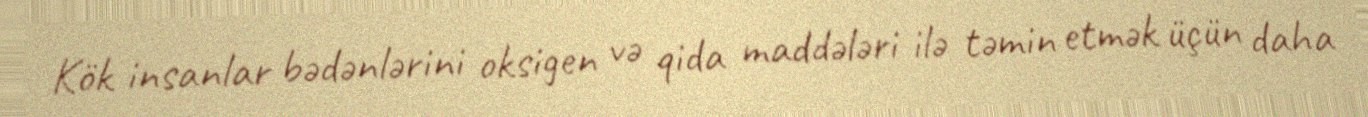
Kök insanlar bədənlərini oksigen və qida maddələri ilə təmin etmək üçün daha